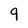
Character: 9